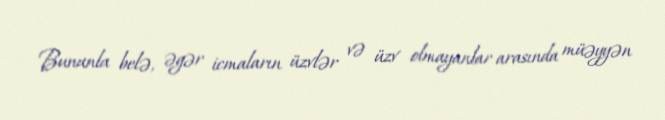
Bununla belə, əgər icmaların üzvlər və üzv olmayanlar arasında müəyyən